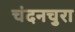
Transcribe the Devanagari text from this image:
चंदनचुरा